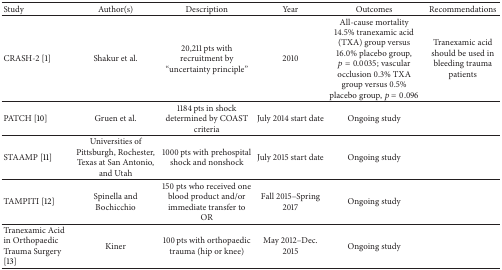
| Study | Author(s) | Description | Year | Outcomes | Recommendations |
 | --- | --- | --- | --- | --- | --- |
 | CRASH-2 [1] | Shakur et al. | 20,211 pts with recruitment by “uncertainty principle” | 2010 | All-cause mortality 14.5% tranexamic acid (TXA) group versus 16.0% placebo group, p = 0.0035; vascular occlusion 0.3% TXA group versus 0.5% placebo group, p = 0.096 | Tranexamic acid should be used in bleeding trauma patients |
 | PATCH [10] | Gruen et al. | 1184 pts in shock determined by COAST criteria | July 2014 start date | Ongoing study |  |
 | STAAMP [11] | Universities of Pittsburgh, Rochester, Texas at San Antonio, and Utah | 1000 pts with prehospital shock and nonshock | July 2015 start date | Ongoing study |  |
 | TAMPITI [12] | Spinella and Bochicchio | 150 pts who received one blood product and/or immediate transfer to OR | Fall 2015–Spring 2017 | Ongoing study |  |
 | Tranexamic Acid in Orthopaedic Trauma Surgery [13] | Kiner | 100 pts with orthopaedic trauma (hip or knee) | May 2012–Dec. 2015 | Ongoing study |  |